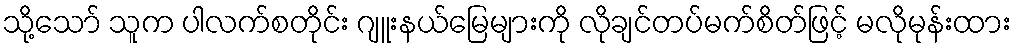
သို့သော် သူက ပါလက်စတိုင်း ဂျူးနယ်မြေများကို လိုချင်တပ်မက်စိတ်ဖြင့် မလိုမုန်းထား